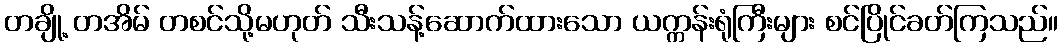
တချို့ တအိမ် တစင်သို့မဟုတ် သီးသန့်ဆောက်ထားသော ယက္ကန်းရုံကြီးများ စင်ပြိုင်ခတ်ကြသည်။